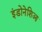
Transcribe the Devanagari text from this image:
इंडोनेशिआ